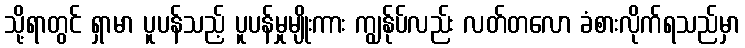
သို့ရာတွင် ရှာမာ ပူပန်သည့် ပူပန်မှုမျိုးကား ကျွန်ုပ်လည်း လတ်တလော ခံစားလိုက်ရသည်မှာ